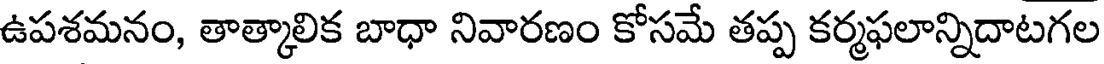
ఉపశమనం, తాత్కాలిక బాధా నివారణం కోసమే తప్ప కర్మఫలాన్నిదాటగల